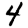
Digit: 4